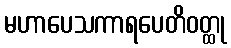
မဟာပေသကာရပေတိဝတ္ထု